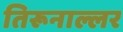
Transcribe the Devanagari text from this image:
तिरूनाल्लर